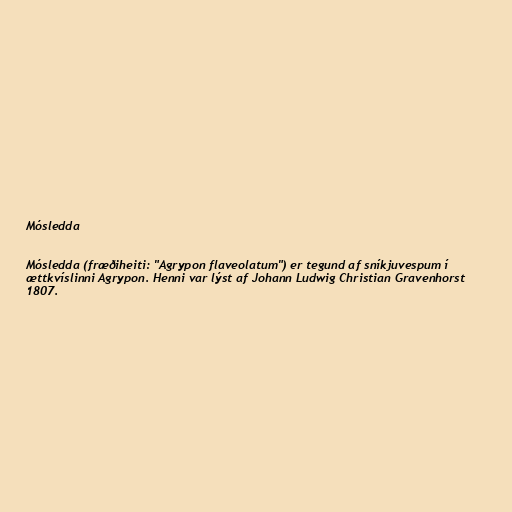
Mósledda

Mósledda (fræðiheiti: "Agrypon flaveolatum") er tegund af sníkjuvespum í
ættkvíslinni Agrypon. Henni var lýst af Johann Ludwig Christian Gravenhorst
1807.